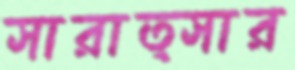
সারাত্সার